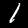
Digit: 1